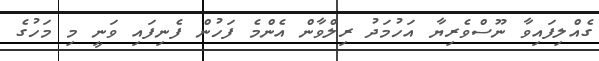
ގެއްލިފައިވާ ނޫސްވެރިޔާ އަހުމަދު ރިލްވާން އެންމެ ފަހުން ފެނިފައި ވަނީ މި މަހުގެ